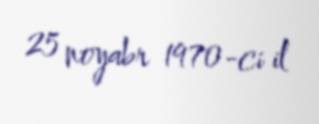
25 noyabr 1970-ci il